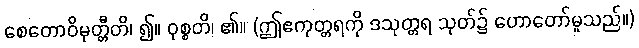
စေတောဝိမုတ္တီတိ၊ ၍။ ဝုစ္စတိ၊ ၏။ (ဤဧကုတ္တရကို ဒသုတ္တရ သုတ်၌ ဟောတော်မူသည်။)